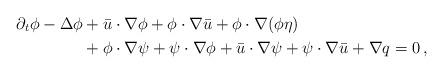
LaTeX: \begin{align*}\partial_t \phi - \Delta \phi& + \bar{u} \cdot \nabla \phi + \phi \cdot \nabla \bar{u} + \phi \cdot \nabla (\phi \eta) \\& + \phi \cdot \nabla \psi + \psi \cdot \nabla \phi + \bar{u} \cdot \nabla \psi + \psi \cdot \nabla \bar{u} + \nabla q=0\, ,\end{align*}